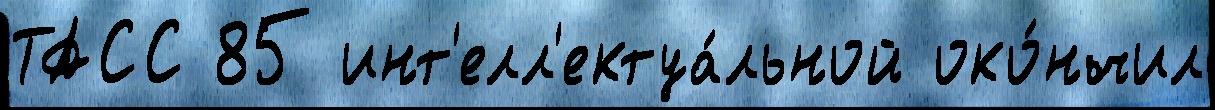
ТАСС 85 инт'елл'ектуа́льной око́нчил